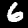
Digit: 6